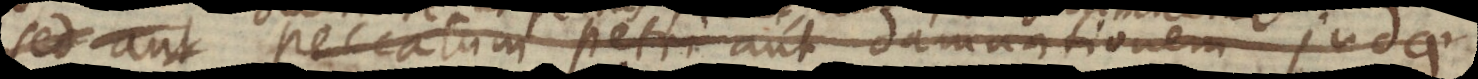
sed aut peccatum Petri aut damnationem Judae